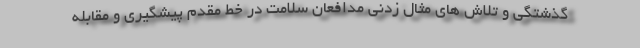
گذشتگی و تلاش های مثال زدنی مدافعان سلامت در خط مقدم پیشگیری و مقابله